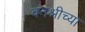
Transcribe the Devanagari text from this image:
वनश्रीच्या